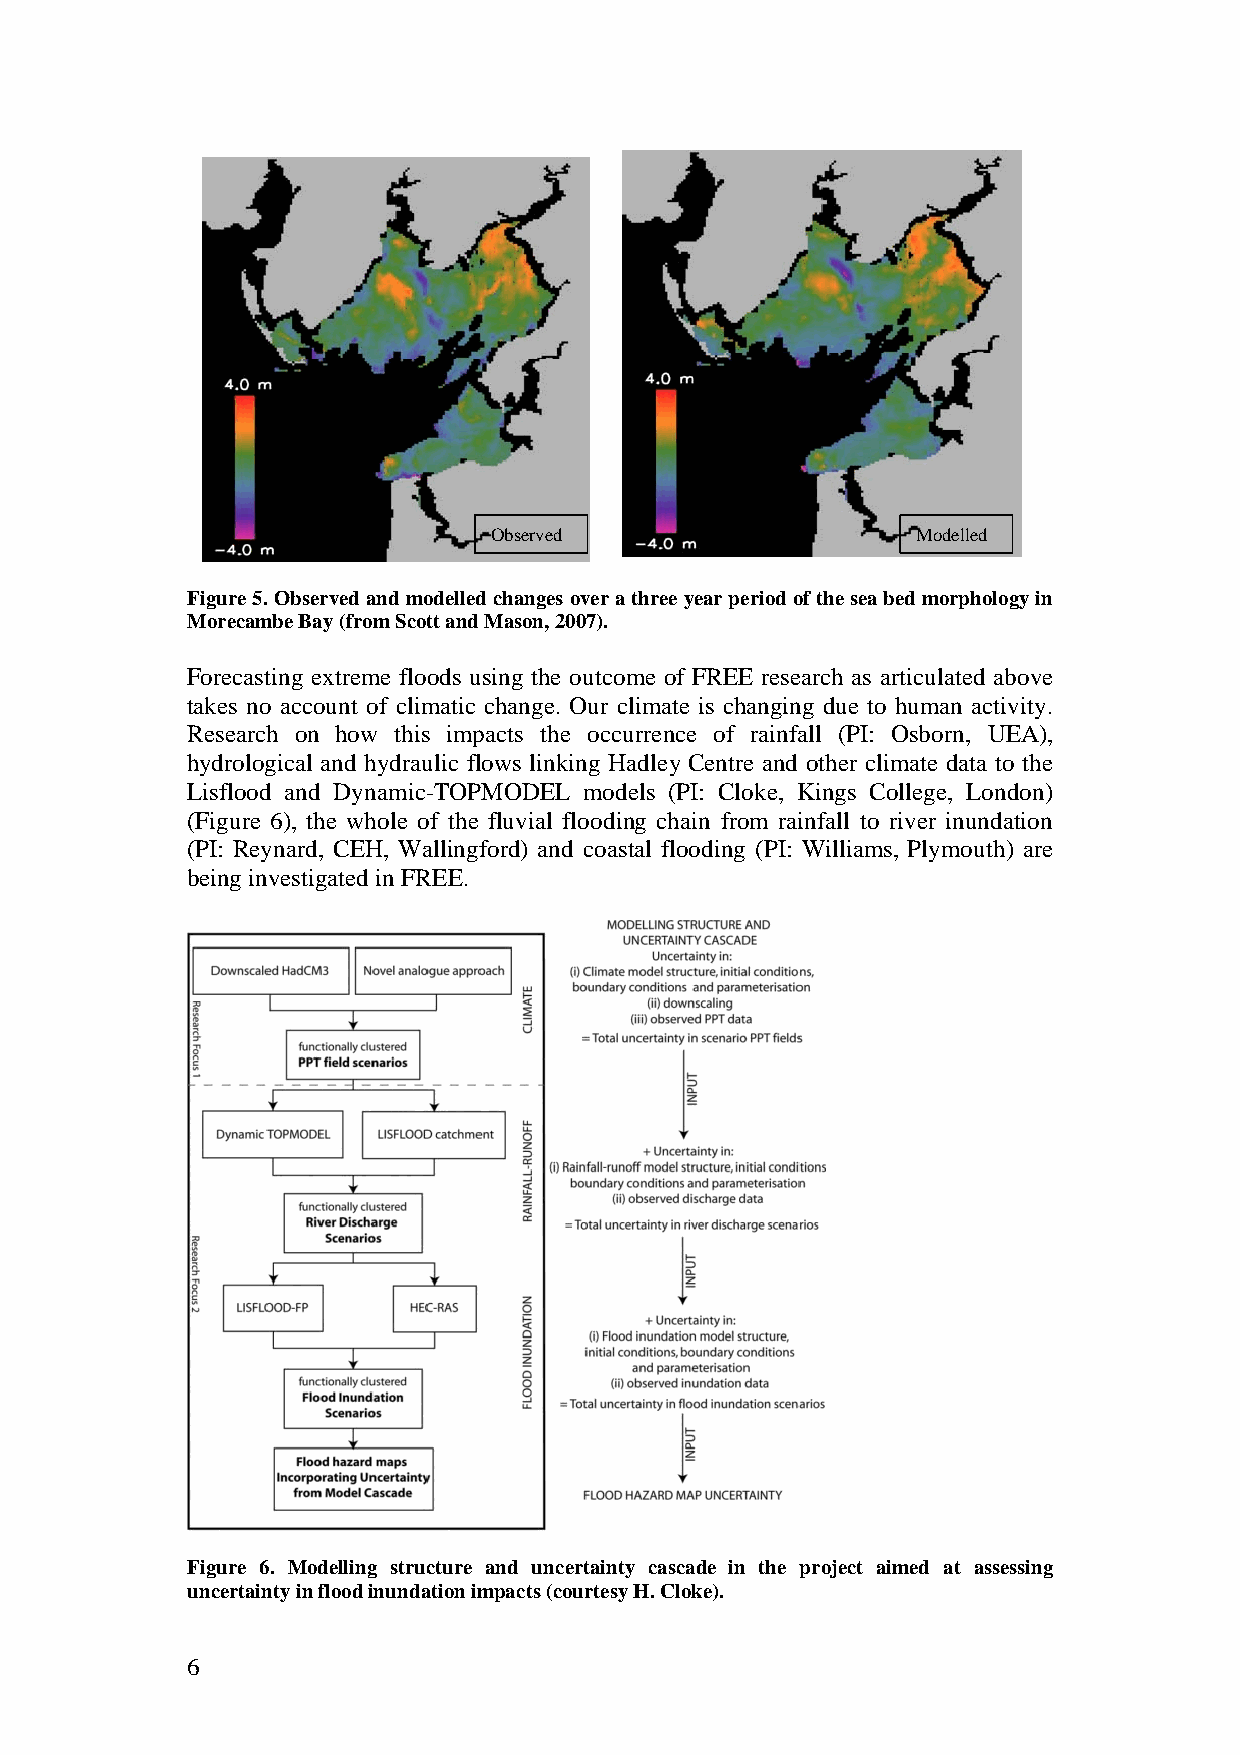
Observed                     Modelled
 Figure 5. Observed and modelled changes over a three year period of the sea bed morphology in
 Morecambe Bay (from Scott and Mason, 2007).
 Forecasting extreme floods using the outcome of FREE research as articulated above
 takes no account of climatic change. Our climate is changing due to human activity.
 Research on how this impacts the occurrence of rainfall (PI: Osborn, UEA),
 hydrological and hydraulic flows linking Hadley Centre and other climate data to the
 Lisflood and Dynamic-TOPMODEL models (PI: Cloke, Kings College, London)
 (Figure 6), the whole of the fluvial flooding chain from rainfall to river inundation
 (PI: Reynard, CEH, Wallingford) and coastal flooding (PI: Williams, Plymouth) are
 being investigated in FREE.
 Figure 6. Modelling structure and uncertainty cascade in the project aimed at assessing
 uncertainty in flood inundation impacts (courtesy H. Cloke).
 6